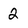
Character: 2